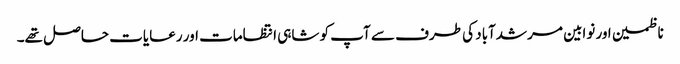
ناظمین اور نوابین مرشدآباد کی طرف سے آپ کو شاہی انتظامات اور رعایات حاصل تھے۔